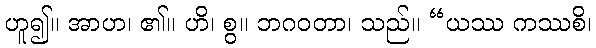
ဟူ၍။ အာဟ၊ ၏။ ဟိ၊ စွ။ ဘဂဝတာ၊ သည်။ “ယဿ ကဿစိ၊